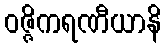
ဝဇ္ဇိကရဏီယာနိ